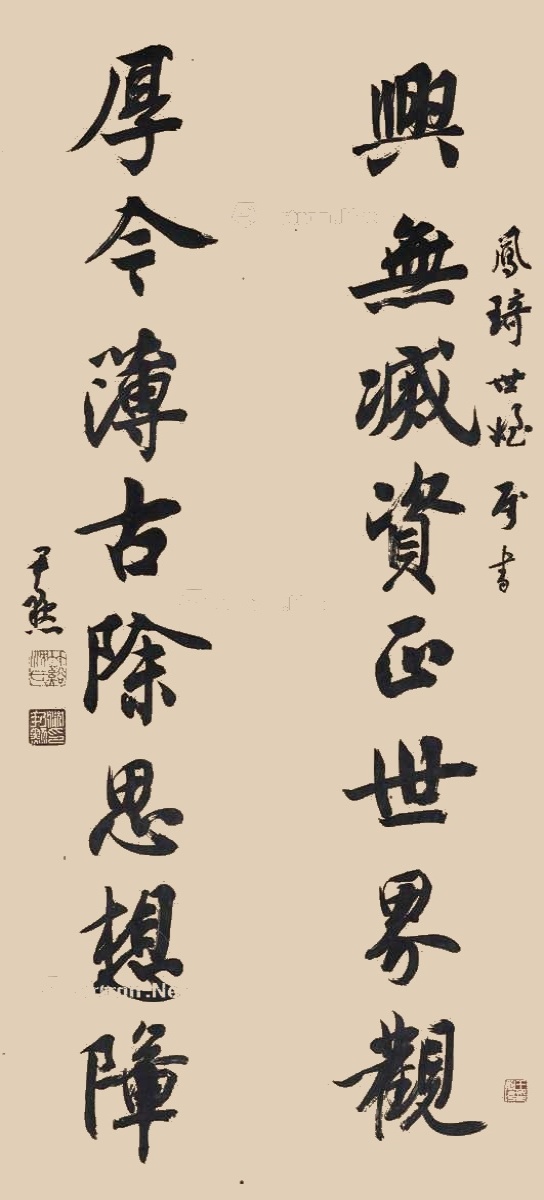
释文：兴无灭资正世界观，厚今薄古除思想障。凤琦世姪属书，尹默。